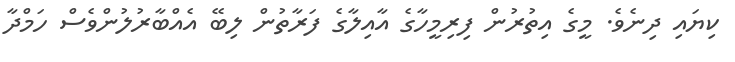
ކިޔައި ދިނެވެ. މީގެ އިތުރުން ފިރިމީހާގެ އާއިލާގެ ފަރާތުން ލިބޭ އެއްބާރުލުންވެސް ހަމްދާ